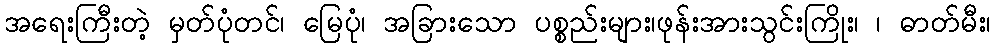
အရေးကြီးတဲ့ မှတ်ပုံတင်၊ မြေပုံ၊ အခြားသော ပစ္စည်းများ၊ဖုန်းအားသွင်းကြိုး၊ ၊ ဓာတ်မီး၊